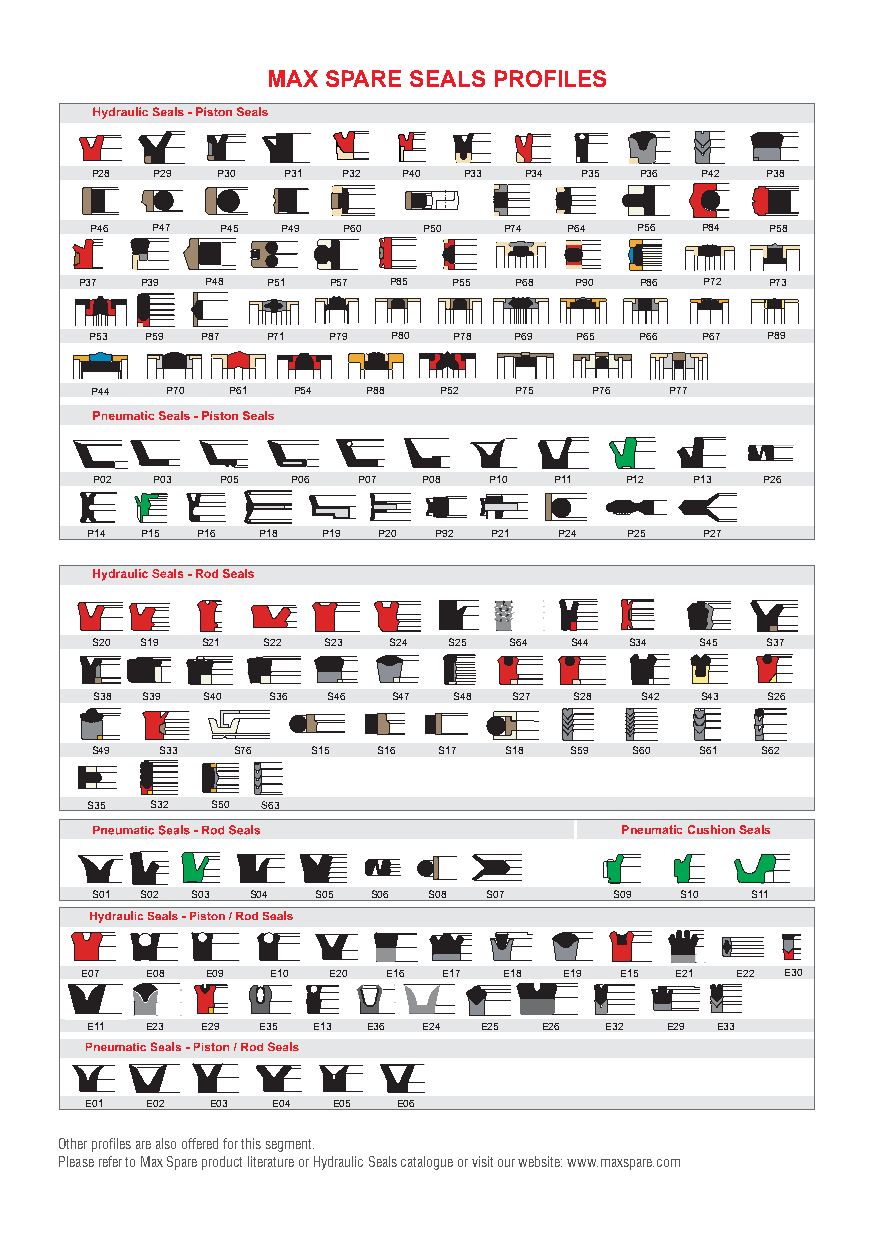
MAX SPARE SEALS PROFILES
 P28 P29 P30  P31 P32 P40 P33 P34 P35 P36 P42 P38
 P46 P47  P45 P49 P60  P50  P74  P64 P56 P84  P58
 P37 P39  P48 P51 P57 P85 P55 P68 P90 P86  P72 P73
 P53 P59 P87 P71 P79 P80 P78 P69 P65 P66  P67 P89
 P44  P70 P61 P54  P88  P52  P75  P76  P77
 PP0022 PP0033 PP0055 PP0066 PP0077 PP0088 PP1100 PP1111 PP1122 PP1133 P26
 P14 P15 P16 P18 P19 P20 P92 P21 P24 P25  P27
 S20 S19 S21 S22 S23 S24 S25 S64 S44 S34 S45  S37
 S38 S39 S40 S36 S46 S47 S48 S27 S28 S42 S43  S26
 S49  S33 S76   S15 S16 S17 S18  S59 S60 S61 S62
 S35 S32 S50 S63
 Pneumatic Cushion Seals
 S01 S02 S03 S04 S05 S06 S08 S07    S09 S10  S11
 E07  E08 E09 E10 E20 E16 E17 E18 E19 E15 E21 E22 E30
 E11 E23 E29 E35 E13 E36 E24 E25 E26 E32 E29 E33
 E01 E02 E03 E04 E05 E06
 Other profiles are also offered for this segment.
 Please refer to Max Spare product literature or Hydraulic Seals catalogue or visit our website: www.maxspare.com